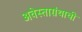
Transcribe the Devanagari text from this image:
अवेस्ताग्रंथाची